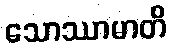
သောဿာမာတိ